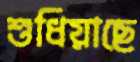
শুধিয়াছে